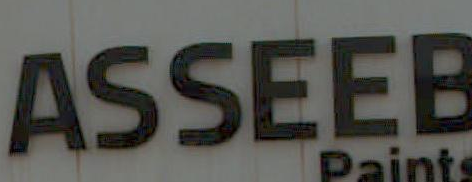
ASSEEB